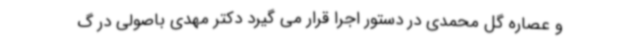
و عصاره گل محمدی در دستور اجرا قرار می گیرد دکتر مهدی باصولی در گ